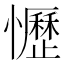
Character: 𢤩